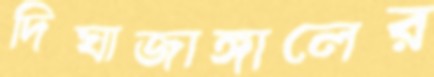
দিঘাজাঙ্গালের